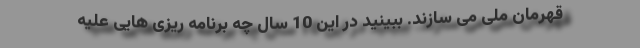
قهرمان ملی می سازند. ببینید در این 10 سال چه برنامه ریزی هایی علیه